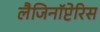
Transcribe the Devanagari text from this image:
लैजिनॉप्टेरिस